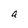
Character: a